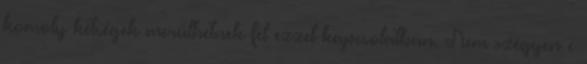
komoly kétségek merülhetnek fel ezzel kapcsolatban. Nem szégyen e